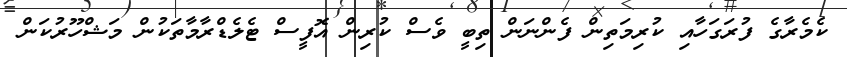
ކެމެރާގެ ފުރަގަހާއި ކުރިމަތިން ފެންނަން ތިބީ ވެސް ކުރިން އޮފީސް ޓެލެޑްރާމާތަކުން މަޝްހޫރުކަން